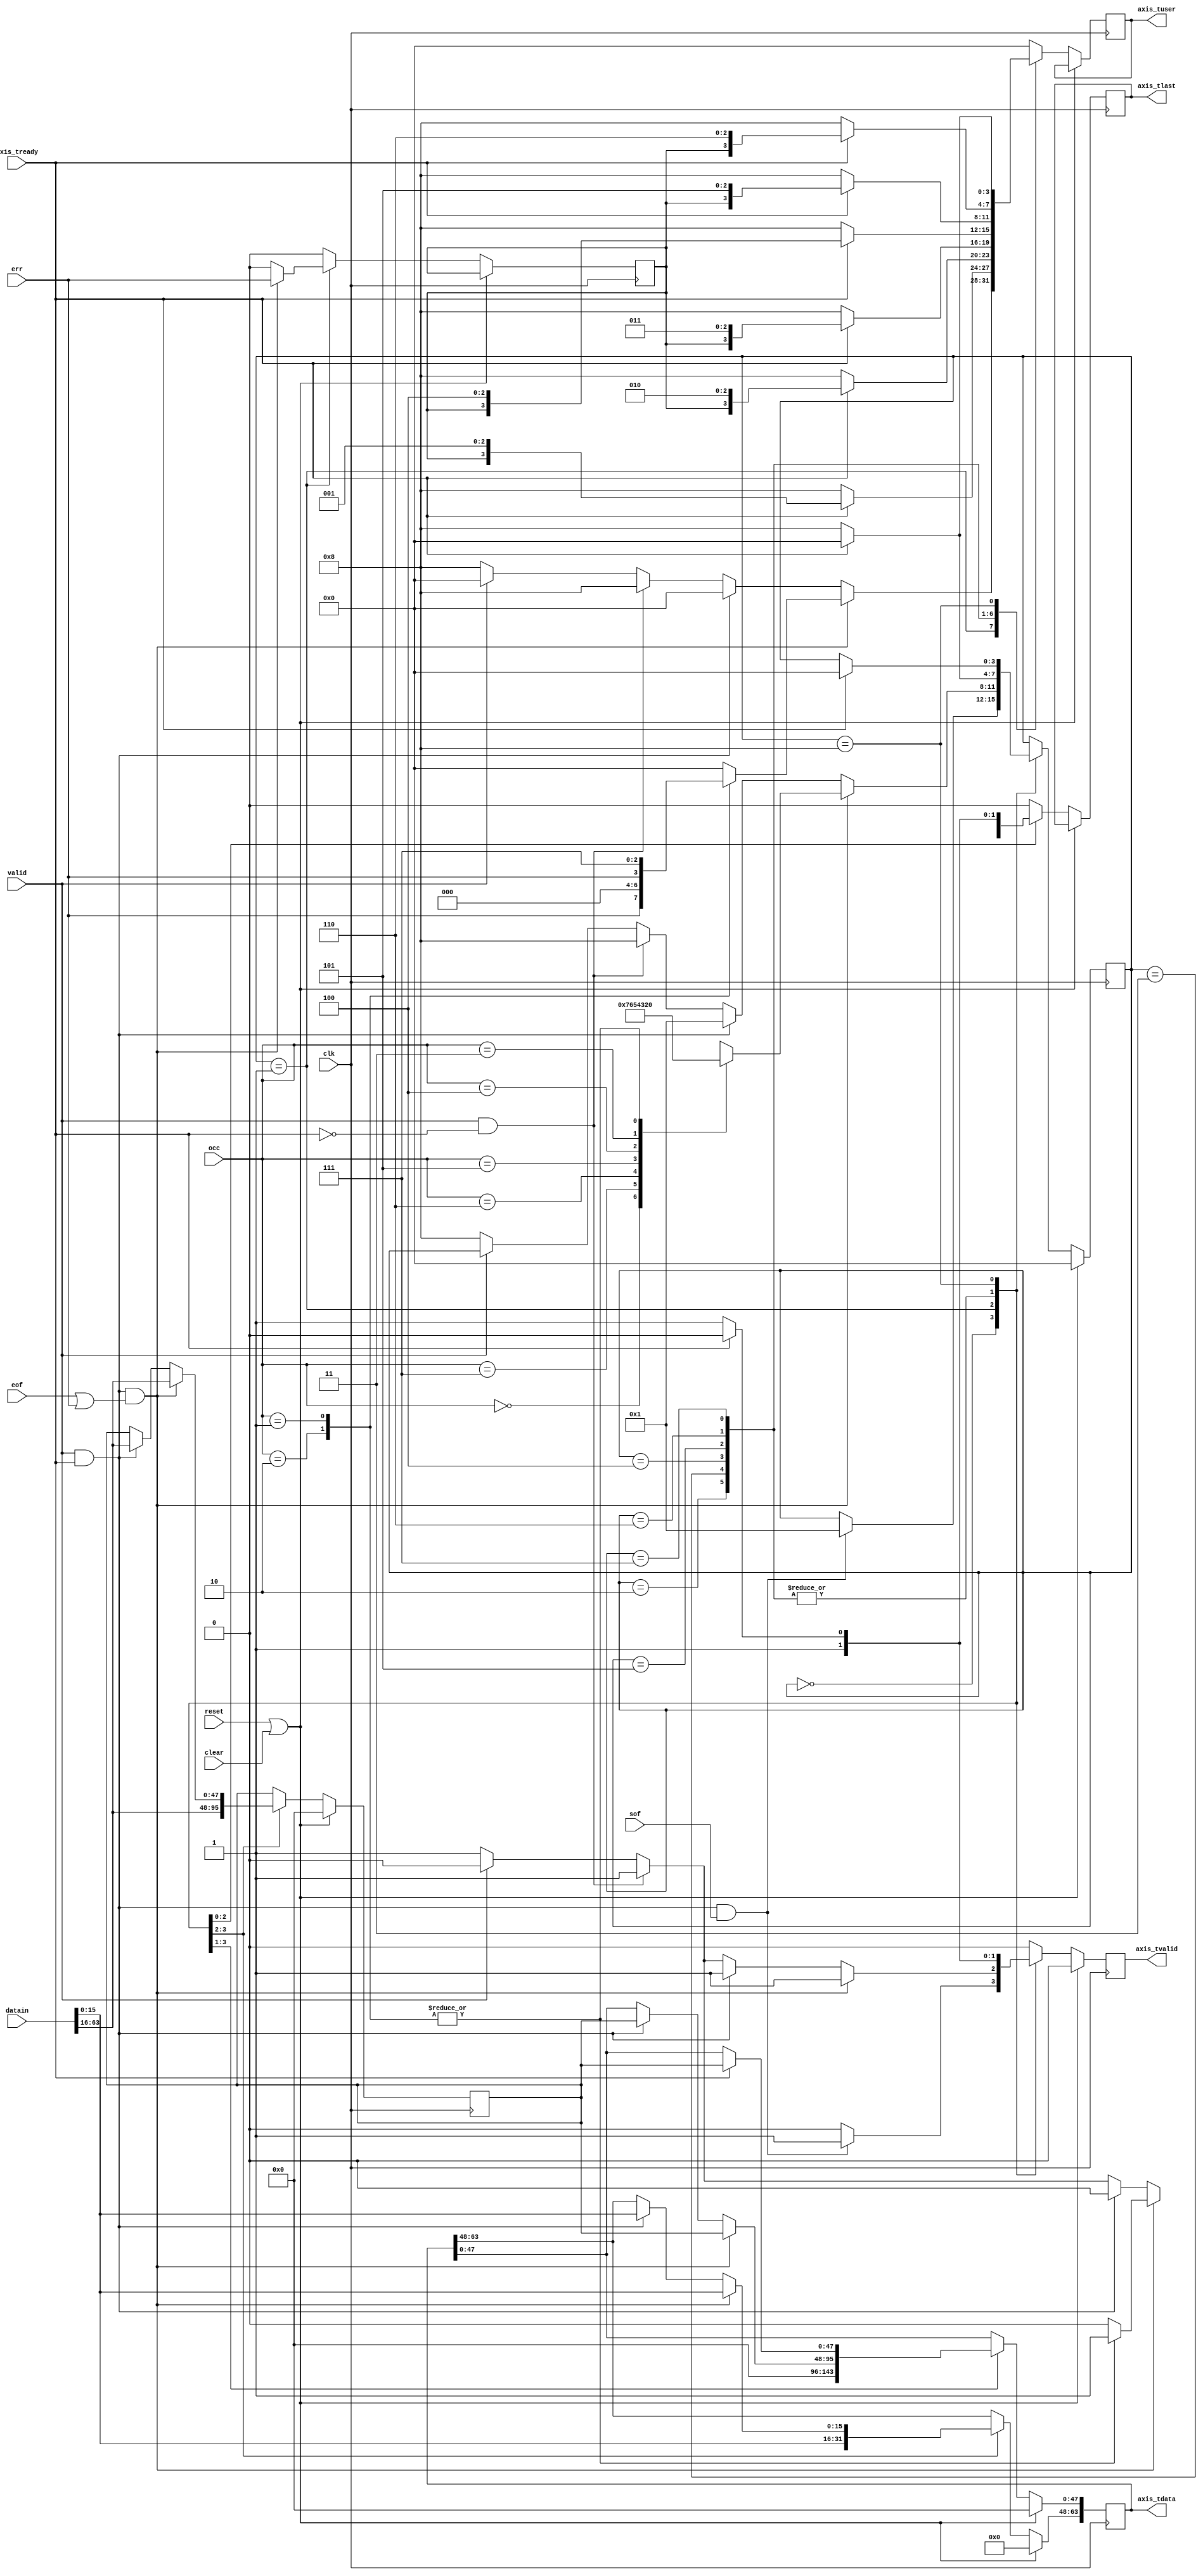
//
// Copyright 2013 Ettus Research LLC
// Copyright 2018 Ettus Research, a National Instruments Company
//
// SPDX-License-Identifier: LGPL-3.0-or-later
//


// Adds 6 bytes at the beginning of every packet
// This gives us good32/64bit alignment of IP/UDP headers.
//
// The 6 bytes added include an octet passed as a parameter allowing a label to
// be added as metatdata in the header padding. This is typically the ingress
// port to be tagged in the packet as metadata.
//
// bit[65] EOF
// bit[64] SOF
// bit[68:66] occ
//
// This design will break if downstream can not be guarenteed to be ready to accept data.
// XGE MAC expects to be able to stream whole packet with no handshaking.
// We force downstream packet gate to discard packet by signalling error with tlast and
// resynchronizing with upstream.
//

module xge64_to_axi64
  #(parameter LABEL=0)
   (
    input clk, 
    input reset, 
    input clear,
    input [63:0] datain,
    input [2:0] occ,
    input sof,
    input eof,
    input err,
    input valid, 
    output reg [63:0] axis_tdata,
    output reg [3:0] axis_tuser,
    output reg axis_tlast,
    output reg axis_tvalid,   // Signal data avilable to downstream
    input axis_tready
    );

   localparam EMPTY  = 0;
   localparam IN_USE = 1;
   localparam FLUSHING3 = 2;
   localparam FLUSHING4 = 3;
   localparam FLUSHING5 = 4;
   localparam FLUSHING6 = 5;
   localparam FLUSHING7 = 6;
   localparam FLUSHING8 = 7;
   localparam ERROR1 = 8;


   localparam EOF1 = 3'b001;
   localparam EOF2 = 3'b010;
   localparam EOF3 = 3'b011;
   localparam EOF4 = 3'b100;
   localparam EOF5 = 3'b101;
   localparam EOF6 = 3'b110;
   localparam EOF7 = 3'b111;
   localparam EOF8 = 3'b000;

   reg [3:0] state;
   reg 	     err_reg;
   reg [47:0] holding_reg;

   always @(posedge clk)
     if(reset | clear) begin
	state <= EMPTY;
	axis_tdata <= 0;
	holding_reg <= 0;
	axis_tvalid <= 0;	
     end else begin
	// Defaults
	axis_tvalid <= 0;
	axis_tuser <= 0;
	axis_tlast <= 0;
	err_reg <= 0;
	
	case(state)
	  EMPTY: begin
	     if (valid & axis_tready & sof) begin
		// Start of packet should always be received in this state.
		// It should NEVER be possible to get a packet from the MAC with EOF also set in 
		// the first 64 bits so not designed for.
		// Add pad. Store last 6 octets into holding, change state to show data in holding.	
		state <= IN_USE;
		axis_tvalid <= 1;
	     end
	     else if (valid & ~axis_tready)
	       // Assert on this condition, add H/W to deal with overflow later.
	       $display("ERROR: xge64_to_axi64, valid & ~axis_tready");
	     
	     holding_reg <= datain[16 +: 48];
	     axis_tdata[48 +: 16] <= datain[15:0];
	     axis_tdata[47:0] <= {40'h0, LABEL}; // Tag packet with label
	  end
	  
	  IN_USE: begin
	     if (valid & axis_tready & (eof | err)) begin
		// End of packet should always be received in this state.
		// If Error is asserted from MAC, immediate EOF is forced,
		// and the error flag set in tuser. State machine will return to WAIT
		// state and search for new SOF thereby discarding anything left of error packet.
		//
		// In the case of 3 through 8 valid octets in the final 64bits input, 
		// we must run another cycle afterwards since we have 6 more bytes still in holding.
		err_reg <= err;
		holding_reg <= datain[16 +: 48];
		axis_tdata[63:48] <= datain[15:0];
		axis_tdata[47:0] <= holding_reg;
		axis_tvalid <= 1;
		
		case(occ[2:0])
		  // 8 valid Octets in last word of packet, finish next cycle
		  0: begin
		     state <= FLUSHING8;
		  end
		  // 7 valid Octets in last word of packet, finish next cycle
		  7: begin
		     state <= FLUSHING7;
		  end
		  // 6 valid octets in last word of packet, finish next cycle
		  6: begin
		     state <= FLUSHING6;
		  end
		  // 5 valid octets in last word of packet, finish next cycle
		  5: begin
		     state <= FLUSHING5;
		  end		    
		  // 4 valid octets in last word of packet, finish next cycle
		  4: begin
		     state <= FLUSHING4;
		  end
		  // 3 valid octets in last word of packet, finish next cycle
		  3: begin
		     state <= FLUSHING3;
		  end
		  // 2 valid octets in last word of packet, finish this cycle
		  2: begin
		     axis_tuser <= {err,EOF8};
		     state <= EMPTY;
		     axis_tlast <= 1;
		  end
		  // 1 valid octets in last word of packet, finish this cycle
		  1: begin
		     axis_tuser <= {err,EOF7};
		     state <= EMPTY;
		     axis_tlast <= 1;
		  end
		endcase // case (occ[2:0])		
	     end // if (valid & axis_tready & eof)
	     else if (valid & axis_tready) begin
		// No EOF indication so in packet payload somewhere still.
		state <= IN_USE;
		holding_reg <= datain[16 +: 48];
		axis_tdata[63:48] <= datain[15:0];
		axis_tdata[47:0] <= holding_reg;
		axis_tvalid <= 1;
	     end
	     else if (valid & ~axis_tready) begin
		// Assert on this condition
		$display("ERROR: xge64_to_axi64, valid & ~axis_tready");
		// Keep error state asserted ready for downstream to accept
		state <= ERROR1;
		axis_tlast <= 1;
		axis_tvalid <= 1;
		axis_tuser <= {1'b1, EOF8}; // Force error in this packet.
	     end else if (~valid) begin
		// Assert on this condition, don't expect the MAC to ever throtle dataflow intra-packet.
		$display("ERROR: xge64_to_axi64, ~valid ");
		state <= ERROR1;
		axis_tlast <= 1;
		axis_tvalid <= 1;
		axis_tuser <= {1'b1, EOF8}; // Force error in this packet.
	     end
	  end // case: IN_USE

	  FLUSHING3: begin
	     if (axis_tready) begin
		// EOF has been received last cycle.
		// Ethernet interframe gap means we don't have to search for back-to-back EOF-SOF here.
		// 1 valid Octets to finish
		state <= EMPTY;
		axis_tlast <= 1;
		axis_tuser <= {err_reg, EOF1};
		axis_tdata[47:0] <= holding_reg;
		axis_tvalid <= 1;
	     end else begin
		state <= ERROR1;
		axis_tlast <= 1;
		axis_tvalid <= 1;
		axis_tuser <= {1'b1, EOF8}; // Force error in this packet.
	     end // else: !if(axis_tready)
	  end
	  
	  FLUSHING4: begin
	     if (axis_tready) begin
		// EOF has been received last cycle.
		// Ethernet interframe gap means we don't have to search for back-to-back EOF-SOF here.
		// 2 valid Octets to finish
		state <= EMPTY;
		axis_tlast <= 1;
		axis_tuser <= {err_reg, EOF2};
		axis_tdata[47:0] <= holding_reg;
		axis_tvalid <= 1;
	     end else begin
		state <= ERROR1;
		axis_tlast <= 1;
		axis_tvalid <= 1;
		axis_tuser <= {1'b1, EOF8}; // Force error in this packet.
	     end // else: !if(axis_tready)
	  end
	  
	  FLUSHING5: begin
	     if (axis_tready) begin
		// EOF has been received last cycle.
		// Ethernet interframe gap means we don't have to search for back-to-back EOF-SOF here.
		// 3 valid Octets to finish
		state <= EMPTY;
		axis_tlast <= 1;
		axis_tuser <= {err_reg, EOF3};
		axis_tdata[47:0] <= holding_reg;
		axis_tvalid <= 1;
	     end else begin
		state <= ERROR1;
		axis_tlast <= 1;
		axis_tvalid <= 1;
		axis_tuser <= {1'b1, EOF8}; // Force error in this packet.
	     end // else: !if(axis_tready)
	  end
	  
	  FLUSHING6: begin
	     if (axis_tready) begin
		// EOF has been received last cycle.
		// Ethernet interframe gap means we don't have to search for back-to-back EOF-SOF here.
		// 4 valid Octets to finish
		state <= EMPTY;
		axis_tlast <= 1;
		axis_tuser <= {err_reg, EOF4};
		axis_tdata[47:0] <= holding_reg;
		axis_tvalid <= 1;
	     end else begin
		state <= ERROR1;
		axis_tlast <= 1;
		axis_tvalid <= 1;
		axis_tuser <= {1'b1, EOF8}; // Force error in this packet.
	     end // else: !if(axis_tready)
	  end
	  
	  FLUSHING7: begin
	     if (axis_tready) begin
		// EOF has been received last cycle.
		// Ethernet interframe gap means we don't have to search for back-to-back EOF-SOF here.
		// 5 valid Octets to finish
		state <= EMPTY;
		axis_tlast <= 1;
		axis_tuser <= {err_reg, EOF5};
		axis_tdata[47:0] <= holding_reg;
		axis_tvalid <= 1;
	     end else begin
		state <= ERROR1;
		axis_tlast <= 1;
		axis_tvalid <= 1;
		axis_tuser <= {1'b1, EOF8}; // Force error in this packet.
	     end // else: !if(axis_tready)
	  end
	  
	  FLUSHING8: begin
	     if (axis_tready) begin
		// EOF has been received last cycle.
		// Ethernet interframe gap means we don't have to search for back-to-back EOF-SOF here.
		// 6 valid Octets to finish
		state <= EMPTY;
		axis_tlast <= 1;
		axis_tuser <= {err_reg, EOF6};
		axis_tdata[47:0] <= holding_reg;
		axis_tvalid <= 1;
	     end else begin
		state <= ERROR1;
		axis_tlast <= 1;
		axis_tvalid <= 1;
		axis_tuser <= {1'b1, EOF8}; // Force error in this packet.
	     end // else: !if(axis_tready)
	  end

	  ERROR1: begin
	     // We were already actively receiving a packet from the upstream MAC and the downstream
	     // signaled not ready by de-asserting tready. Since we can't back pressure the MAC we have to
	     // abandon the current packet, discarding any data already sent down stream by sending an asserted error
	     // with a tlast when ever tready becomes asserted again. Meanwhile we start dropping arriving MAC
	     // data on the floor since there is nothing useful we can do with it currently.
	     if (axis_tready)
	       begin
		  // OK tready is asserted again so tlast is geting accepted this cycle along with an asserted error.
		  state <= EMPTY;
	       end else begin
		  // Keep error state asserted ready for downstream to accept
		  axis_tlast <= 1;
		  axis_tvalid <= 1;
		  axis_tuser <= {1'b1, EOF8}; // Force error in this packet.
	       end
	  end // case: ERROR1
	  

	endcase // case(state)
     end // else: !if(reset | clear)

endmodule